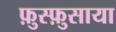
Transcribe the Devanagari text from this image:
फ़ुस्फ़ुसाया